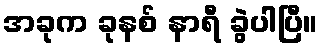
အခုက ခုနစ် နာရီ ခွဲပါပြီ။